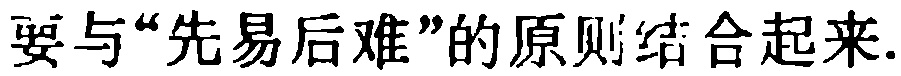
要与“先易后难”的原则结合起来.